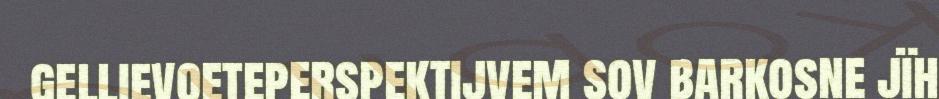
gellievoeteperspektijvem sov barkosne jïh